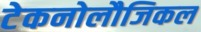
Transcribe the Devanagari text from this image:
टेकनोलौजिकल